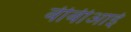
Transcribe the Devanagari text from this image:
बीबीआई